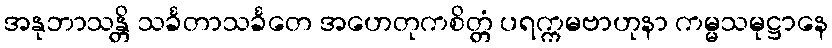
အနုဘာသန္တိ သင်္ခတာသင်္ခတေ အဟေတုကစိတ္တံ ပရက္ကမဗာဟုနာ ကမ္မသမုဋ္ဌာနေ